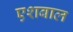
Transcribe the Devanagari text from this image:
एशबाल